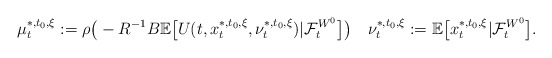
\begin{align*}\mu_t^{*,t_0,\xi}:=\rho\big(-R^{-1}B\mathbb E\big[U(t,x_t^{*,t_0,\xi},\nu_t^{*,t_0,\xi})|\mathcal{F}_t^{W^0}\big]\big)\quad\nu_t^{*,t_0,\xi}:=\mathbb E\big[x_t^{*,t_0,\xi}|\mathcal{F}_t^{W^0}\big].\end{align*}